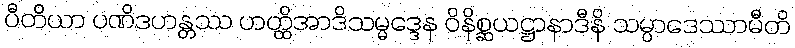
ပီတိယာ ပဏိဒဟန္တဿ ဟတ္ထိအာဒိသမ္မဒ္ဒေန ဝိနိစ္ဆယဋ္ဌာနာဒီနိ သမ္ပာဒေဿာမီတိ